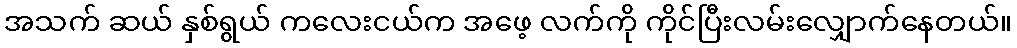
အသက် ဆယ် နှစ်ရွယ် ကလေးငယ်က အဖေ့ လက်ကို ကိုင်ပြီးလမ်းလျှောက်နေတယ်။